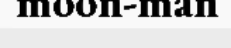
moon-man